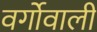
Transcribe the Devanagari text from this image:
वर्गोवाली